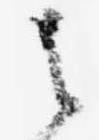
者